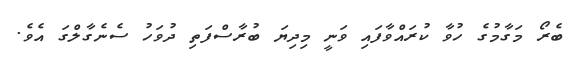
ބެރޯ މަގާމުގެ ހުވާ ކުރައްވާފައި ވަނީ މިދިޔަ ބުރާސްފަތި ދުވަހު ސެނެގާލްގަ އެވެ.